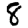
Digit: 8